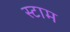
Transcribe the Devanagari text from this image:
स्टाम